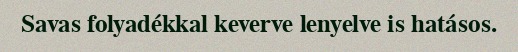
Savas folyadékkal keverve lenyelve is hatásos.